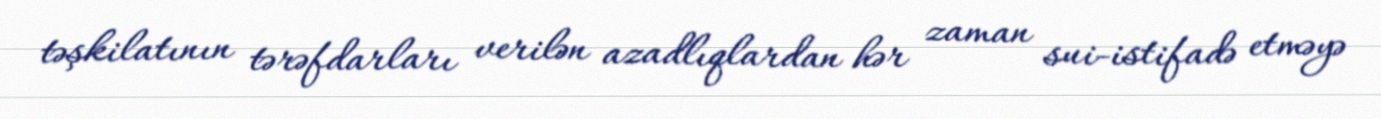
təşkilatının tərəfdarları verilən azadlıqlardan hər zaman sui-istifadə etməyə